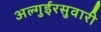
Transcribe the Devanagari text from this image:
अल्गुईरसुवारी